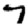
Digit: 7